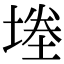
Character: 堘